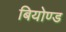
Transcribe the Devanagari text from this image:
बियोण्ड